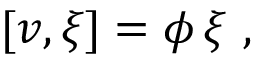
[ v , \xi ] = \phi \, \xi \ ,